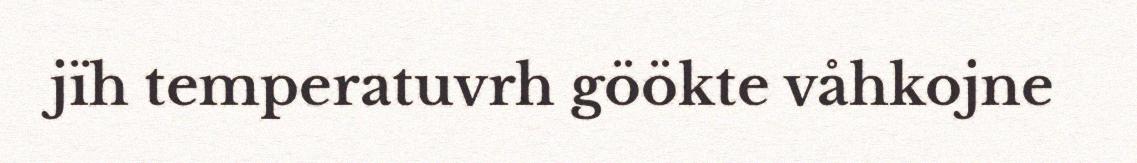
jïh temperatuvrh göökte våhkojne